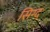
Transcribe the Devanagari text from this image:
सिग्द